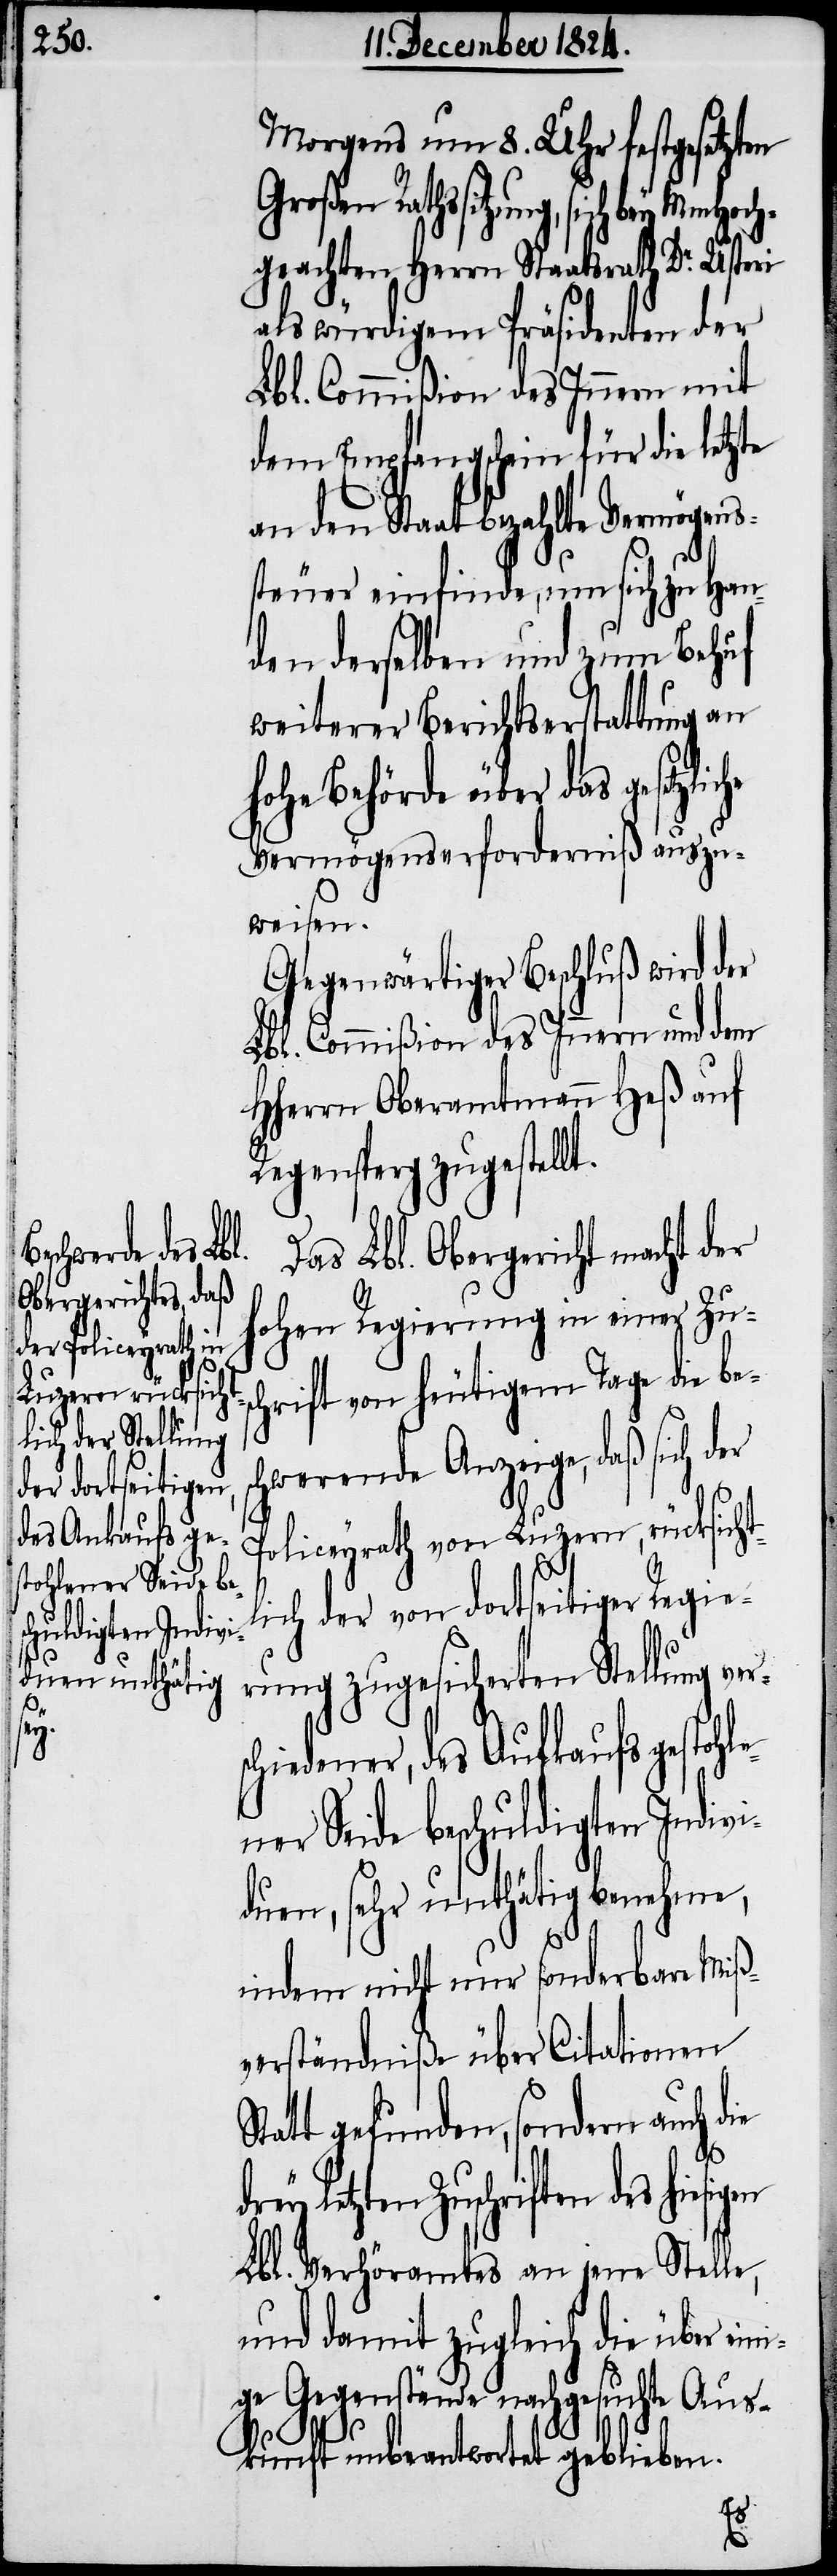
rschiedener,
des Aufkaufs ge¬
stohlener Seide be¬
huldigten Indivi¬
ni¬

Morgens um 8. Uhr festgesetzten
Großen Rathssitzung, sich bey Mm¬
hgeachten Herrn Staatsrath Dr. Usteri
als würdigem Präsidenten der
Lbl. Commißion des Innern mit
dem Empfangsschein für die letzte
an den Staat bezahlte Vermögens¬
steuer einfinde, um sich zu Han¬
den derselben und zum Behuf
weiterer Berichtserstattung an
hohe Behörde über das gesetzl¬
Vermögenserforderniß auszu¬
weisen.
Gegenwärtiger Beschluß wird der
Lbl. Commißion des Innern und dem
HHerrn Oberamtmann Heß auf
Regensperg zugestel¬
Das Lbl. Obergericht macht der
hohen Regierung in einer Zus¬
chrift von heutigem Tage die bes¬
chwerende Anzeige, daß sich der
Policeyrath von Luzern, rücksicht¬
ich der von dortseitiger Regie¬
rung zugesicherten Stellung ve¬
duen, sehr unthätig benehme,
indem nicht nur sonderbare Miß¬
verständniße über Citationen
Statt gefunden, sondern auch die
drey
letzten Zuschriften des hies¬
Lbl. Verhöramtes an jene Stelle,
und damit zugleich die über ei¬
ge Gegenstände nachgesuchte Aus¬
kunft unbeantwortet geblieben.